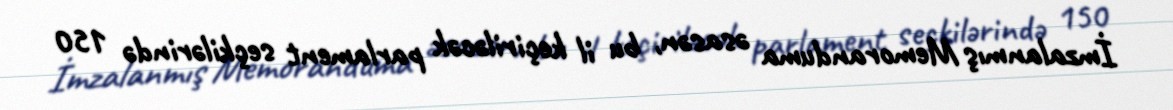
İmzalanmış Memoranduma əsasən, bu il keçiriləcək parlament seçkilərində 150